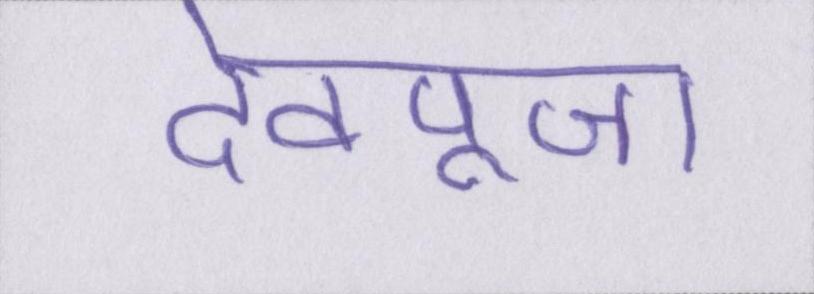
देवपूजा